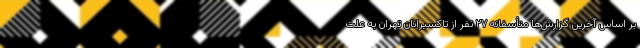
‌بر اساس آخرین گزارش‌ها متأسفانه ۲۷ نفر از تاکسیرانان تهران به علت